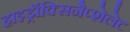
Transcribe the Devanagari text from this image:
हाइड्रॉक्सिनैप्शेलेट